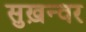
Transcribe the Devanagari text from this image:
सुख़न्वर